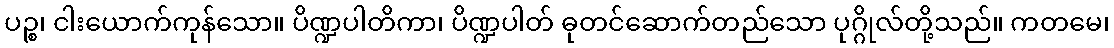
ပဉ္စ၊ ငါးယောက်ကုန်သော။ ပိဏ္ဍပါတိကာ၊ ပိဏ္ဍပါတ် ဓုတင်ဆောက်တည်သော ပုဂ္ဂိုလ်တို့သည်။ ကတမေ၊